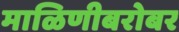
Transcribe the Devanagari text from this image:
माळिणीबरोबर